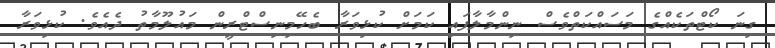
ގިނަ ކޯޓްތަކެއްގެ މަސައްކަތްވެސް ނިންމާލާފައި ކަމަށް ކުޅިވަރާ ބެހޭމިނިސްޓްރީން މައުލޫމާތު ދެއެވެ. ކުޅިވަރާ